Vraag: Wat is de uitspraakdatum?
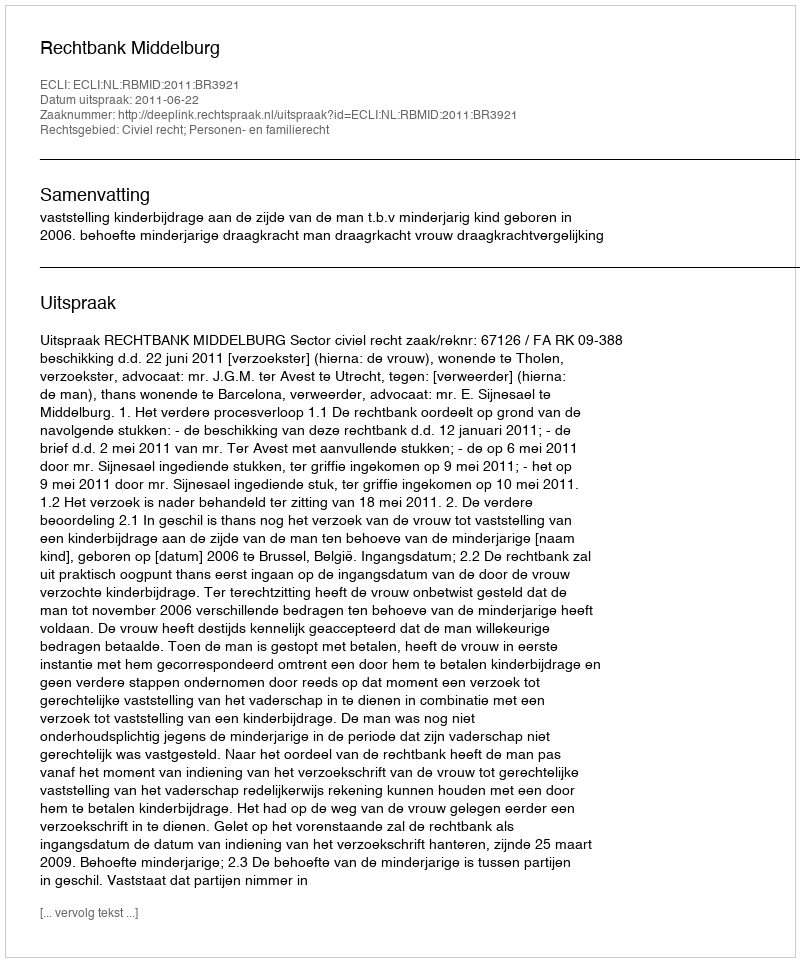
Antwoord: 2011-06-22